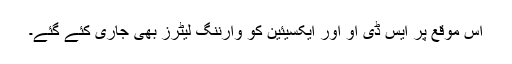
اس موقع پر ایس ڈی او اور ایکسیئین کو وارننگ لیٹرز بھی جاری کئے گئے۔